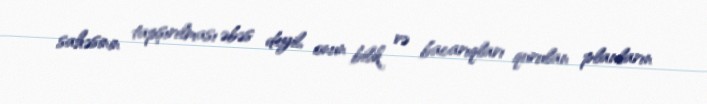
sahəsinin tapşırılması əbəs deyil, onun bilik və bacarıqları qurulan planların